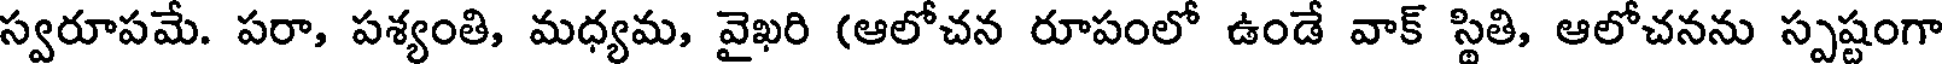
స్వరూపమే. పరా, పశ్యంతి, మధ్యమ, వైఖరి (ఆలోచన రూపంలో ఉండే వాక్ స్థితి, ఆలోచనను స్పష్టంగా